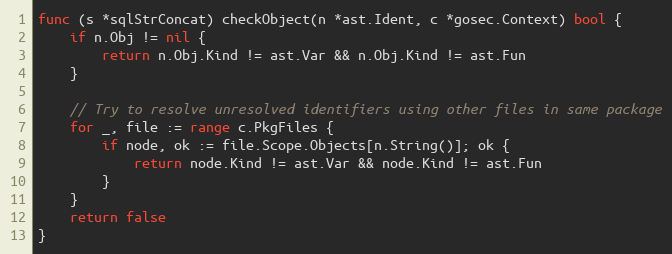
Language: Go
func (s *sqlStrConcat) checkObject(n *ast.Ident, c *gosec.Context) bool {
	if n.Obj != nil {
		return n.Obj.Kind != ast.Var && n.Obj.Kind != ast.Fun
	}

	// Try to resolve unresolved identifiers using other files in same package
	for _, file := range c.PkgFiles {
		if node, ok := file.Scope.Objects[n.String()]; ok {
			return node.Kind != ast.Var && node.Kind != ast.Fun
		}
	}
	return false
}